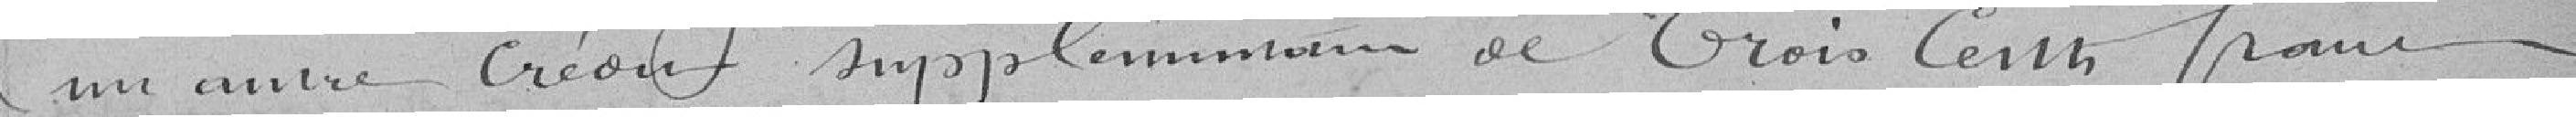
un autre crédit supplémentaire de Trois Cents francs